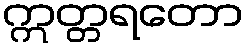
ဣတ္တရတော